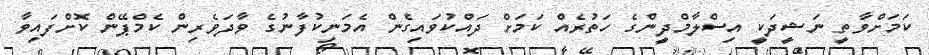
ކަމަށްވާތީ ނަޝީދަކީ އިސްލާމްދީންގެ ހަތުރެއް ކަމަށް ދައްކުވައިގެން އެމަނިކުފާނުގެ ވާދަވެރިން ކެމްޕޭން ކޮށްފައިވާ